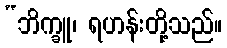
“ဘိက္ခူ၊ ရဟန်းတို့သည်။